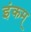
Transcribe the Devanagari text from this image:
इंकम्